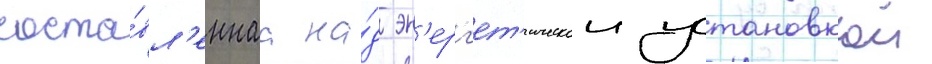
соста́вл'еннаа на́д эн'ерг'ет'ическои установкои